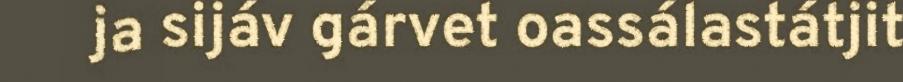
ja sijáv gárvet oassálastátjit